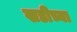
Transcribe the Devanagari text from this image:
खडीच्या